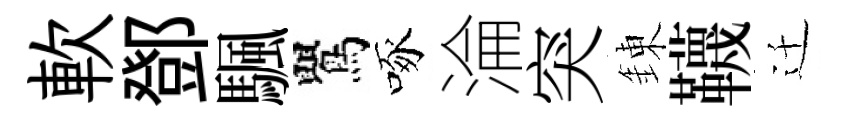
軟鄧颿鸎啄淪突錬韈迁